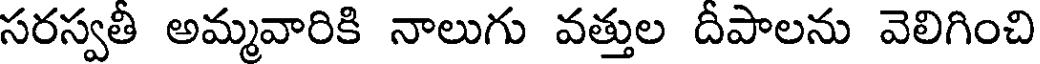
సరస్వతి అమ్మవారికి నాలుగు వత్తుల దిపాలను వెలిగించి